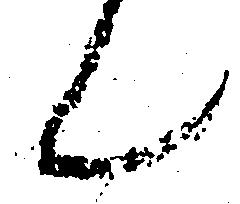
ん